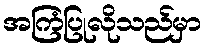
အကြံပြုလိုသည်မှာ